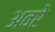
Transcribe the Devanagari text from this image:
अवरे